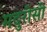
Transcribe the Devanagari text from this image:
मदुरीसी